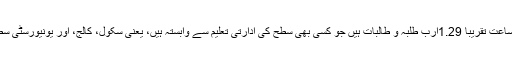
رواں ساعت تقریباً 1.29ارب طلبہ و طالبات ہیں جو کسی بھی سطح کی ادارتی تعلیم سے وابستہ ہیں، یعنی سکول، کالج، اور یونیورسٹی سطح پر۔